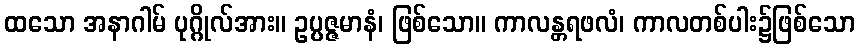
ထသော အနာဂါမ် ပုဂ္ဂိုလ်အား။ ဥပ္ပဇ္ဇမာနံ၊ ဖြစ်သော။ ကာလန္တရဖလံ၊ ကာလတစ်ပါး၌ဖြစ်သော